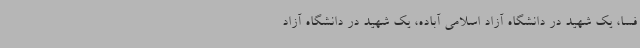
فسا، یک شهید در دانشگاه آزاد اسلامی آباده، یک شهید در دانشگاه آزاد